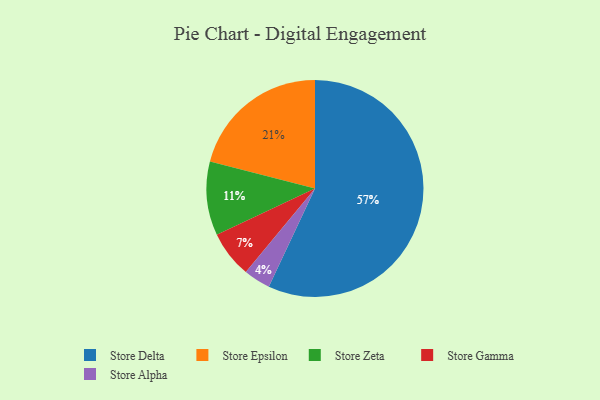
{"axis": {"x": "Category", "y": "Percentage"}, "legend": ["Store Alpha", "Store Delta", "Store Epsilon", "Store Gamma", "Store Zeta"], "data": [{"x": "Store Gamma", "y": 7, "type": "Store Gamma"}, {"x": "Store Alpha", "y": 4, "type": "Store Alpha"}, {"x": "Store Zeta", "y": 11, "type": "Store Zeta"}, {"x": "Store Epsilon", "y": 21, "type": "Store Epsilon"}, {"x": "Store Delta", "y": 57, "type": "Store Delta"}]}